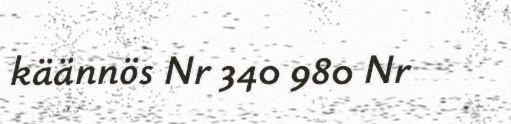
käännös Nr 340 980 Nr